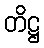
တိဋ္ဌ